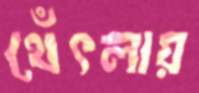
থেঁৎলায়